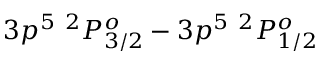
3 p ^ { 5 } ~ ^ { 2 } P _ { 3 / 2 } ^ { o } - 3 p ^ { 5 } ~ ^ { 2 } P _ { 1 / 2 } ^ { o }